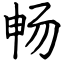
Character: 畅